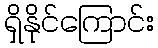
ရှိနိုင်ကြောင်း